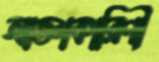
আজ্ঞাকারিণী